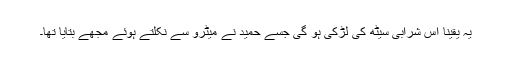
یہ یقیناً اس شرابی سیٹھ کی لڑکی ہو گی جسے حمید نے میٹرو سے نکلتے ہوئے مجھے بتایا تھا۔